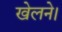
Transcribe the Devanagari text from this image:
खेलने।